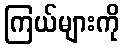
ကြယ်များကို